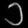
Digit: ၁